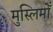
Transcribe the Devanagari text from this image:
मुस्लिमोँ